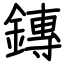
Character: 鏄